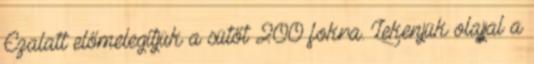
Ezalatt előmelegítjük a sütőt 200 fokra. Lekenjük olajjal a